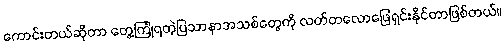
ကောင်းတယ်ဆိုတာ တွေ့ကြုံရတဲ့ပြသာနာအသစ်တွေကို လတ်တလောဖြေရှင်းနိုင်တာဖြစ်တယ်။